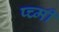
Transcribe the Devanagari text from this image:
प्च्मी